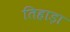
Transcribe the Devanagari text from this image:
तिहाड़ा